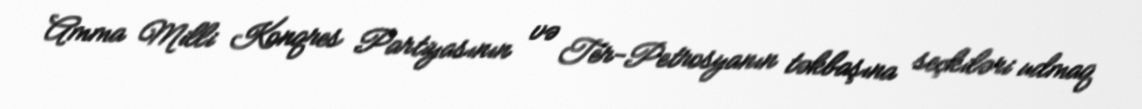
Amma Milli Konqres Partiyasının və Ter-Petrosyanın təkbaşına seçkiləri udmaq